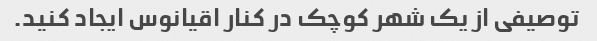
توصیفی از یک شهر کوچک در کنار اقیانوس ایجاد کنید.